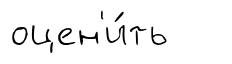
оцен'и́ть